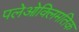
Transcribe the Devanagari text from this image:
पलेओक्लिमतिक